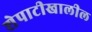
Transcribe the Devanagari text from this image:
शेपाटीखालील